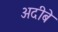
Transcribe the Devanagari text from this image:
अदीबे